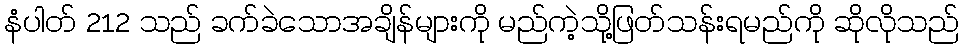
နံပါတ် 212 သည် ခက်ခဲသောအချိန်များကို မည်ကဲ့သို့ဖြတ်သန်းရမည်ကို ဆိုလိုသည်